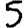
Digit: 5